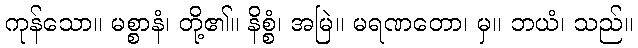
ကုန်သော။ မစ္စာနံ၊ တို့၏။ နိစ္စံ၊ အမြဲ။ မရဏတော၊ မှ။ ဘယံ၊ သည်။